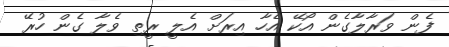
ފެން ވަރާލާގެން އޯކޭ އެހާ އިރަށް އެލީ ރީތި ވެލާ ގެން ހުރޭ